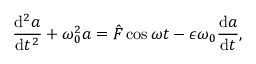
\frac { \mathrm { d } ^ { 2 } a } { \mathrm { d } t ^ { 2 } } + \omega _ { 0 } ^ { 2 } a = \hat { F } \cos \omega t - \epsilon \omega _ { 0 } \frac { \mathrm { d } a } { \mathrm { d } t } ,